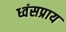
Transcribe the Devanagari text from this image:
ध्वंसप्राय